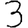
Digit: 3